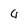
Character: 4